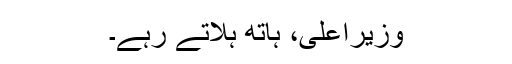
وزیراعلیٰ، ہاتھ ہلاتے رہے۔